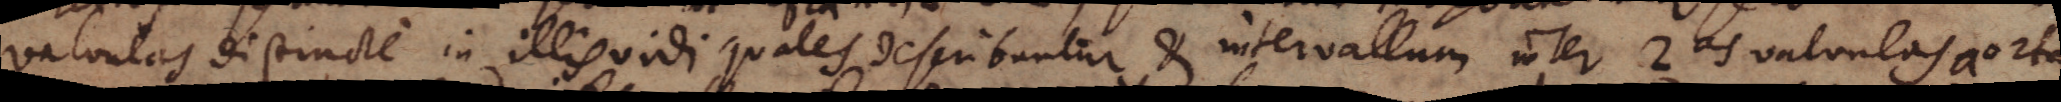
valvulas distincte in illis vidi quales describuntur et intervallum inter 2as valvulas aortae,